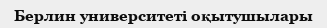
Берлин университеті оқытушылары